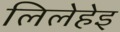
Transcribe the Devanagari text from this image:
लिलेहेइ